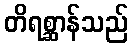
တိရစ္ဆာန်သည်